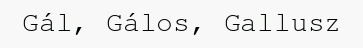
Gál, Gálos, Gallusz